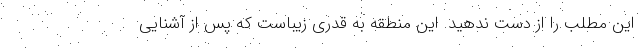
این مطلب را از دست ندهید. این منطقه به قدری زیباست که پس از آشنایی